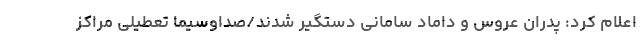
اعلام کرد: پدران عروس و داماد سامانی دستگیر شدند/صداوسیما تعطیلی مراکز